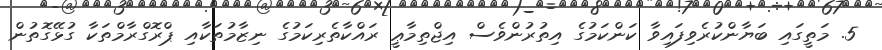
5. މަތީގައި ބަޔާންކުރެވިފައިވާ ކަންކަމުގެ އިތުރުންވެސް އިޖްތިމާޢީ ރައްކާތެރިކަމުގެ ނިޒާމުތަކާއި ޕްރޮގްރާމްތަކާ ގުޅޭގޮތުން